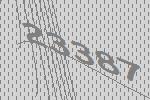
23387